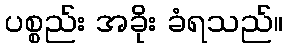
ပစ္စည်း အခိုး ခံရသည်။